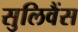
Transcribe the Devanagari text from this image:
सुलिवैंस